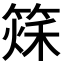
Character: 𥰂